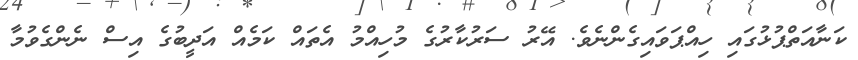
ކަނާއަތްޕުޅުގައި ހިއްޕަވައިގެންނެވެ. އޭރު ސަރުކާރުގެ މުހިއްމު އެތައް ކަމެއް އަދީބުގެ އިސް ނެންގެވުމާ